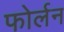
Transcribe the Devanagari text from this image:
फोर्लन